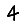
Digit: 4